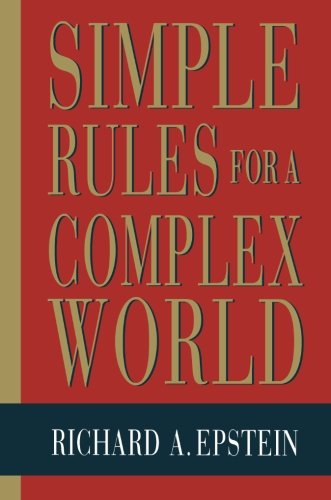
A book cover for Simple Rules for a Complex World; Richard A. Epstein; Law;